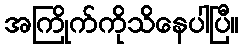
အကြိုက်ကိုသိနေပါပြီ။